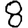
Digit: 8